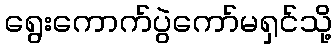
ရွေးကောက်ပွဲကော်မရှင်သို့